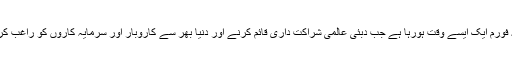
انہوں نے کہا کہ اعلی سطح کا یہ فورم ایک ایسے وقت ہورہا ہے جب دبئی عالمی شراکت داری قائم کرنے اور دنیا بھر سے کاروبار اور سرمایہ کاروں کو راغب کرنے کی کوششیں تیز کر رہا ہے۔